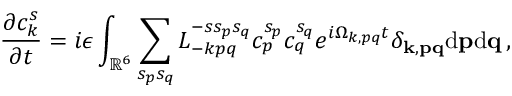
{ \frac { \partial c _ { k } ^ { s } } { \partial t } } = i \epsilon \int _ { \mathbb { R } ^ { 6 } } \sum _ { s _ { p } s _ { q } } L _ { - k p q } ^ { - s s _ { p } s _ { q } } c _ { p } ^ { s _ { p } } c _ { q } ^ { s _ { q } } e ^ { i \Omega _ { k , p q } t } \delta _ { { \bf k } , { \bf p } { \bf q } } \mathrm { d } { \bf p } \mathrm { d } { \bf q } \, ,